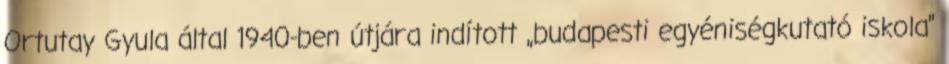
Ortutay Gyula által 1940-ben útjára indított „budapesti egyéniségkutató iskola”